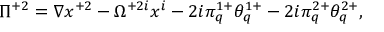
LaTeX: \Pi ^ { + 2 } = \nabla x ^ { + 2 } - \Omega ^ { + 2 i } x ^ { i } - 2 i \pi _ { q } ^ { 1 + } \theta _ { q } ^ { 1 + } - 2 i \pi _ { q } ^ { 2 + } \theta _ { q } ^ { 2 + } ,